Vital statistics of India. Vol. IV, Annual returns from 1871 to 1876. British Army of India, Native Army and jails of Bengal
Year: 1871
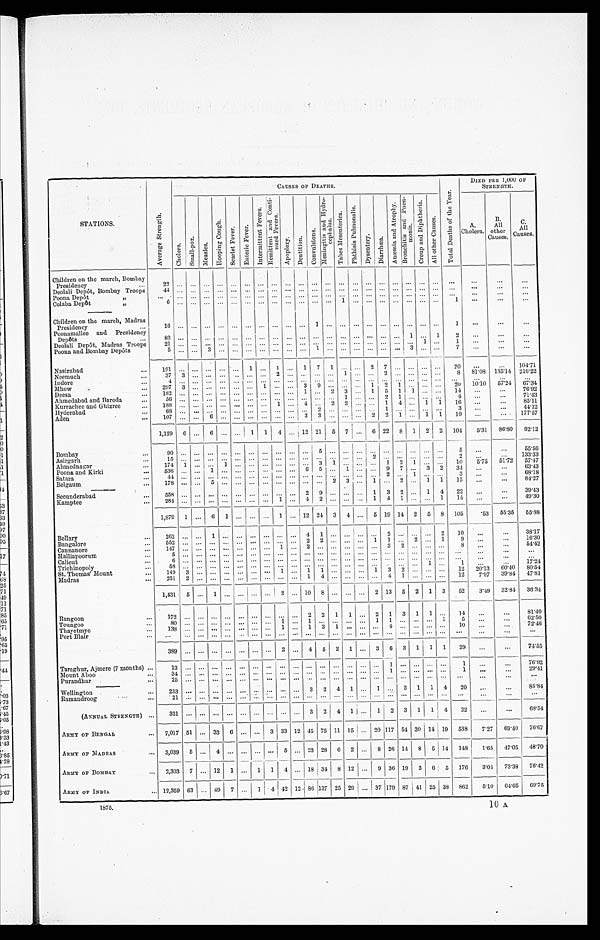
S T A T I O N S .
A v e r a g e S t r e n g t h .
C A U S E S O F D E A T H S .
T o t a l D e a t h s o f t h e Y e a r .
DIED PER 1,000 OF
STRENGTH.
C h o l e r a .
S m a l l - p o x .
M e a s l e s .
H o o p i n g C o u g h .
S e a r l e t F e v e r . E n t e r i c F e v e r .
I n t e r m i t t e n t F e v e r s .
R e m i t t e n t a n d C o n t i - n n e d F e v e r s .
A p o p l e x y . D e n t i t i o n .
C o n v u l s i o n s .
M e n i n g i t i s a n d H y d r o - c e p h a l u s .
T a b e s M e s c n t e r i c a .
P h t h i s i s P u l m o n a l i s .
D y s e n t e r y .
Di a r r h œa .
A n æ m i a a n d A t r o p h y .
B r o u c h i t i s a n d P n e n - m o n i a .
C r o u p a n d D i p h t h e r i a .
A l l o t h e r C a u s e s .
A.
Cholera.
B.
All
other
C A L L .
C a u s e s .
Children on the march, Bombay
Presidency
...
22
. . . . . . . . .
. . . . . . ... ...
. . .
... . . . . . . . . . . . . ... . . .
. . . . . .
. . . . . . . . .
. . .
. . . ...
. . .
Deolali Depôt, Bombay Troops
4 4 . . . . . . ... ... ... ... ... ... ... ... ... ... ... ... ... ... ... ... ... ... ...
...
...
...
Poona Depôt
"
. . . . . . . . . . . . ... . . . ... ... ... ... . . . ... . . .
. . . ... . . . ... . . . ... ... ... ...
. . .
. . .
. . .
Colaba Depôt
"
6 . . . . . . . . .
. . . . . . ... ...
. . .
... . . . . . . . . . 1 ... . . .
. . . . . .
. . . . . . . . . 1 ...
...
...
—
Children on the march, Madras
Presidency.
1 6 . . . . . . . . .
. . . . . . ... ...
. . .
... . . . 1 . . . . . . ... . . .
. . . . . .
. . . . . . . . . 1 ...
...
... .
Poonamallee and Presidency
Depôts ...
82
. . . . . . . . . ... ... ... ... ... ... ... ... ... ... ... ... ... ... 1 ... 1
2
. . .
...
. . .
Deolali Depôt, Madras Troops
2 1 . . . . . . . . .
. . . . . .
... ...
. . .
...
. . . . . . . . . . . .
...
. . . . . . . . . . . . 1 . . . 1
. . .
...
...
Poona and Bombay Depôts
5 . . . . . . 3
. . . . . .
... ...
. . .
...
. . . 1 . . . . . .
...
. . . . . . . . .
3 . . . . . . 7
. . .
. . .
. . .
Nasirabad
...
1 9 1 . . . . . . . . .
. . . . . .
1 ...
1 ...
1 7 1
. . .
...
2 7 . . .
. . . . . . . . . 2 0
. . .
...
1 0 4 . 7 1
Neemuch
...
3 7 3 . . . . . .
. . . . .
... ...
2 ...
. . . . . . . . . 1 ...
. . . 2 . . .
. . . . . . . . . 8 81.08 135.14 216.22
Indore
...
4 . . . . . . . . .
. . . ... ... ... ... ...
. . . ... ... ... ... ..
. . . . . . ... ... ... ...
. . . ...
...
Mhow
...
297 3 ... ... ... ... ... 1 ... ... 3 9 ... ... ... 1 2 1 ... ... ... 20
1 0 . 1 0
57.24 67.34
Deesa
...
1 8 2 . . . . . . . . . . . . . . .
... ...
. . .
...
1 . . . 2
3 ...
1 5 1
1 . . . . . .
1 4
. . .
...
76.92
Ahmedabad and Baroda
...
5 6 . . . . . . . . . . . . . . .
... ...
. . .
...
. . . . . . . . . . . . 1 ...
. . . 2 1
. . . . . . . . .
4
. . .
...
71.43
Kurrachee and Ghizree
...
188
. . . . . . ... ... ... ... ... 1 ... 4 ... 2 2 ... ... 1 4 ... 1 1 16 ...
...
85.11
Hyderabad
...
6 8 . . . . . . . . . . . . . . .
... ...
. . .
...
. . . 2 . . . . . . . . .
...
. . . 1 . . . . . . . . . . . .
3 ...
...
4 4 . 1 2
Aden
...
1 0 7 . . . . . . 6 . . . . . .
... ...
. . .
...
3 3 . . . . . .
...
2 2 1
. . . 1 1
1 9
...
...
177.57
1,129 6 ... 6 ... ... 1 1 4
. . .
12 21 5 7 ... 6
22
8 1 2
2
104
531 86.80 92.12
Bombay
...
9 0 . . . . . . . . . . . . . . . . . .
...
. . . . . . . . .
5
. . . . . .
...
. . . . . . . . . . . . . . . . . . 5 ...
...
55.56
Asirgarh
...
15 . . . ... ... ... ... ... ... ... ... ... ... ... ... ...
2 ... ... ... ... ...
2 ...
...
133.33
Ahmednagar
...
174 1 ... ... 1 ... ... ... ... ... ... 3 1 ... ... ... 1 2 1 ... ... 10
5 . 7 5 51.72 57.47
Poona and Kirki
...
5 3 6 . . . . . . 1 . . . . . .
... ...
. . .
...
6 5 . . . 1 ...
. . . 9 7
. . . 3 2
3 4
...
...
63.43
Satara
...
4 4 . . . . . . . . . . . . . . .
... ...
. . .
...
. . . . . . . . . . . .
...
. . . 2 . . . 1 . . . . . . 3 ...
...
6 8 . 1 8
Belgaum
...
1 7 8 . . . . . . 5 . . . . . .
... ...
. . .
...
. . . . . . 2
3 ...
1 . . . 2
. . . 1 1
1 5
...
...
84.27
—
Secunderabad
...
5 5 8 . . . . . . . . . . . . . . .
... ...
. . .
...
2 9 . . . . . . ...
1 3 2
. . . 1 4
2 2
...
...
39.43
Kamptee
...
284 ... ... ... ... ... ... ... 1 ... 4 2 ... ... ... 1 4 1 ... ... 1 14 ...
...
49.30
1,879 1 ... 6 1 ... ... ... 1 ... 12 24 3 4 ... 5 19 14 2
5 8 105
. 5 3 55.35
5 5 . 8 8
Bellary
...
2 6 2 . . . . . . 1 . . . . . .
... ...
. . .
...
4 1 . . . . . .
...
. . . 2 . . . . . . . . . . . .
1 0
. . . ...
38.17
Bangalor
...
5 5 2 . . . . . . . . . . . . . . .
... ...
. . .
...
2 2 . . . . . .
...
1 1 . . . 2 . . . 1 9 ...
. . . 16.30
Cannanore
...
1 4 7 . . . . . . . . . . . . . . .
... ...
1 ...
2 . . . . . . . . .
...
. . . 3 2
. . . . . . . . .
8 ...
...
54.42
Malliapoorum
...
5 . . . . . . . . . . . . . . .
... ...
. . .
...
. . . . . . . . . . . .
...
. . . . . . . . . . . . . . . . . .
. . . ...
. . . ...
Calicut
...
6 . . . . . . . . . . . . . . .
... ...
. . .
...
. . . . . . . . . . . .
...
. . . . . . . . . . . . . . . . . .
. . . ...
...
...
Trichinopoly
...
5 8 . . . . . . . . . . . . . . .
... ... ... ...
. . . ... ... ... ... ... ... ... ...
1 . . . 1 ...
... 17.24
St. Thomas' Mount
...
149 3 ... ... ... ... ... ... 1 ... 1 1 ... ... ... 1 3 2 ... ... ... 12 20.13 60.40 80.54
Madras
...
251 2 ... ... ... ... ... ... ... ... 1 4 ... ... ... ... 4 1 ... ... ... 12 7.97
39.84 47.81
1,431 5 ... 1 ... ... ... ... 2 ... 10 8 ... ... ... 2 13 5 2 1 3 52
3.49 32.81 36.34
Rangoon
...
1 7 2 . . . . . . . . . . . . . . .
... ...
. . .
...
2 2 1
1 ...
2 1 3
1 1 . . .
1 4
. . .
. . . 81.40
Toungoo
...
8 0 . . . . . . . . . . . . . . .
... ...
1 ...
1 . . . . . . . . .
...
1 1 . . . . . . . . . 1
5 ...
. . . 62.50
Thayetmyo
...
1 3 8 . . . . . . . . . . . . . . .
... ...
1 ...
1 3 1
. . .
...
. . . 4 . . . . . . . . . . . .
1 0
...
. . . 72.46
Port Blair
...
. . .
. . . . . . . . . . . . . . . ... ... . . . ... . . . . . . . . . . . . . . . . . . . . . . . . . . . . . . . . .
. . .
. . .
.. ...
3 8 9
. . . . . . . . . . . . . . .
... ... 2 ... 4 5 2 1 ... 3
6 3 1 1 1 29 ...
...
74.55
Taraghur, Ajmere (7 months) ...
1 3
. . . . . . . . . . . . . . .
... ...
. . .
...
. . . . . . . . . . . . . . . . . . 1 . . . . . . . . . . . . 1 ...
. . . 76.92
Mount Aboo
...
3 4
. . . . . . . . . . . . . . .
... ...
. . .
...
. . . . . . . . . . . . . . . . . . 1 . . . . . . . . . . . . 1 ...
...
20.41
Puraudhar
...
25 . . . . . . . . . . . . . . .
... ...
. . .
...
. . . . . . . . . . . . . . . . . . . . . . . . . . . . . . . . .
. . .
. . .
. . . . . . .
—
Wellington
...
2 3 3 . . . . . . . . . . . . . . .
... ...
. . .
...
3 2 4
1 . . . 1 . . . 3
1 1 4
2 0
...
...
85.84
Ramandroog
...
2 1 . . . . . . . . . . . . . . .
... ...
. . .
...
. . . . . . . . . . . . . . . . . . . . . . . . . . . . . . . . .
. . .
. . . ...
...
(ANNUAL STRENGTH) ...
321 ... ... ... ... ... ... ... ... ... 3 2 4
1 ... 1 2 3 1 1 4 22 ...
...
68.54
ARMS OF BENGAL
... 7,017 51 ... 33 6 ... ... 3 33 12 45 75 11 15 ... 20 117 54 30 14 19 538 7.27 69.40 76.67
ARMY OF MADRAS
... 3,039 5 ... 4 ... ... ... ... 5 ... 23 28 6 2 ... 8 26 14 8
5 1 4 148
1.65 47.05 48.70
ARMY OF BOMBAY
... 2,303 7 ... 12 1 ... 1 1 4 ... 18
34
8 12 ... 9 36 19 3 6 ' 5 176 3.01 73.38 76.42
ARMY OF INDIA.
... 12,359 63 ... 49 7 ... 1 4
4 2 12 86 137 25 29 ... 37 179 87 41 25 38
8 6 2 5.10 64.65 69.75
1875.
1 0 A